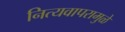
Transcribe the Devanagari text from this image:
नित्यवापरामुळे